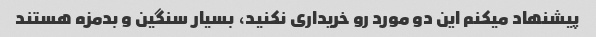
پیشنهاد میکنم این دو مورد رو خریداری نکنید، بسیار سنگین و بدمزه هستند